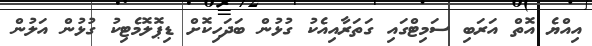
އިއްޔެ އޮތް އަރަބި ސަމިޓްގައި ގަތަރާއިއެކު ގުޅުން ބަދަހިކޮށް ޑިޕޮލޮމެޓިކު ގުޅުން އަލުން